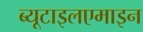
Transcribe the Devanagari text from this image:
ब्यूटाइलएमाइन